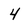
Character: 4